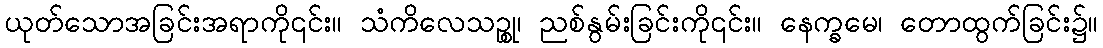
ယုတ်သောအခြင်းအရာကို၎င်း။ သံကိလေသဉ္စု၊ ညစ်နွမ်းခြင်းကို၎င်း။ နေက္ခမေ၊ တောထွက်ခြင်း၌။